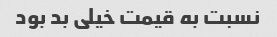
نسبت به قیمت خیلی بد بود